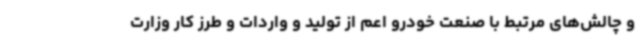
و چالش‌های مرتبط با صنعت خودرو اعم از تولید و واردات و طرز کار وزارت